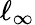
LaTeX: \ell_{\infty}